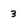
Character: 3